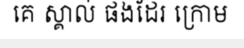
គេ ស្គាល់ ផងដែរ ក្រោម